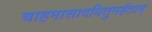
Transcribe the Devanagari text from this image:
चाहमासादयितुमर्हताम्‌